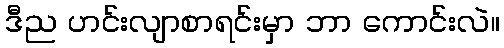
ဒီည ဟင်းလျာစာရင်းမှာ ဘာ ကောင်းလဲ။